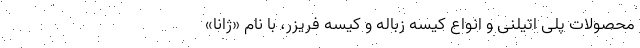
محصولات پلی اتیلنی و انواع کیسه زباله و کیسه فریزر، با نام «ژانا»